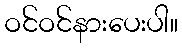
ဝင်ဝင်နားပေးပါ။